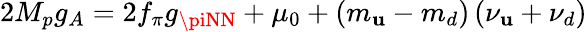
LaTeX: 2M_{p}g_{A}=2f_{\pi}g_{\piNN}+\mu_{0}+\left(m_{\mathbf{u}}-m_{d}\right)\left(\nu_{\mathbf{u}}+\nu_{d}\right)